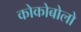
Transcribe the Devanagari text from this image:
कोकोबोलो